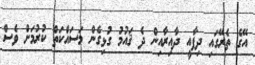
އޭގެ ތެރޭގައި ދިފާއީ ދާއިރާއިން ދެ ޤައުމު ގުޅިގެން މަސައްކަތް ކުރުމަށް ވެސް